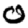
Digit: 0